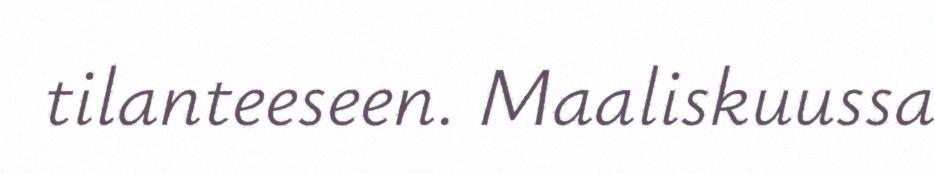
tilanteeseen. Maaliskuussa